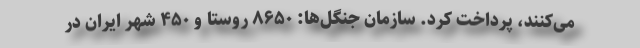
می‌کنند، پرداخت کرد. سازمان جنگل‌ها: ۸۶۵۰ روستا و ۴۵۰ شهر ایران در